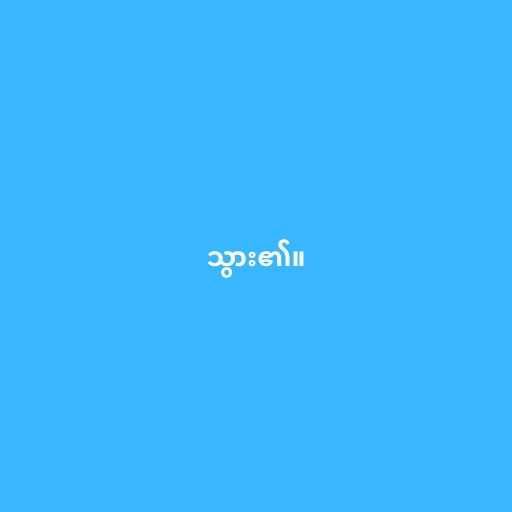
သွား၏။